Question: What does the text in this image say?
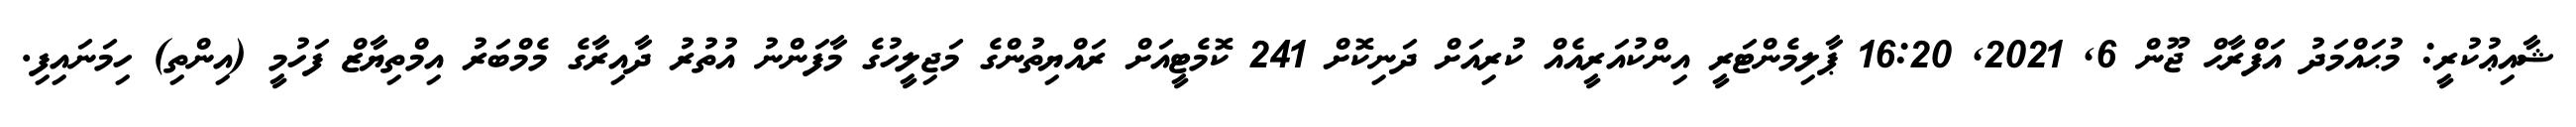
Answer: ޝާއިޢުކުރީ: މުޙައްމަދު އަފްރާޙް ޖޫން 6, 2021, 16:20 ޕާލިމެންޓަރީ އިންކުއަރީއެއް ކުރިއަށް ދަނިކޮށް 241 ކޮމެޓީއަށް ރައްޔިތުންގެ މަޖިލީހުގެ މާފަންނު އުތުރު ދާއިރާގެ މެމްބަރު އިމްތިޔާޒް ފަހުމީ (އިންތި) ހިމަނައިފި.